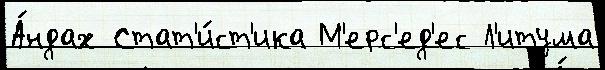
А́ндах Стат'и́ст'ика М'ерс'ед'ес Л'итума